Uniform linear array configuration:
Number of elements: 48
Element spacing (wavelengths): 1
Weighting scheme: cosine
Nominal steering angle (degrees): -30
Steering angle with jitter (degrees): -30.11
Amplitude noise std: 0.05
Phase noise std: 0.05

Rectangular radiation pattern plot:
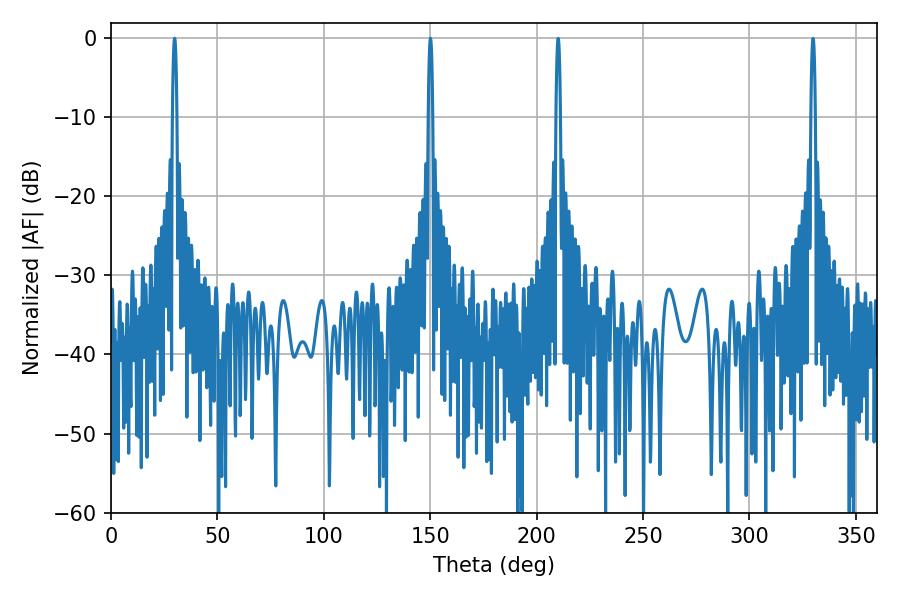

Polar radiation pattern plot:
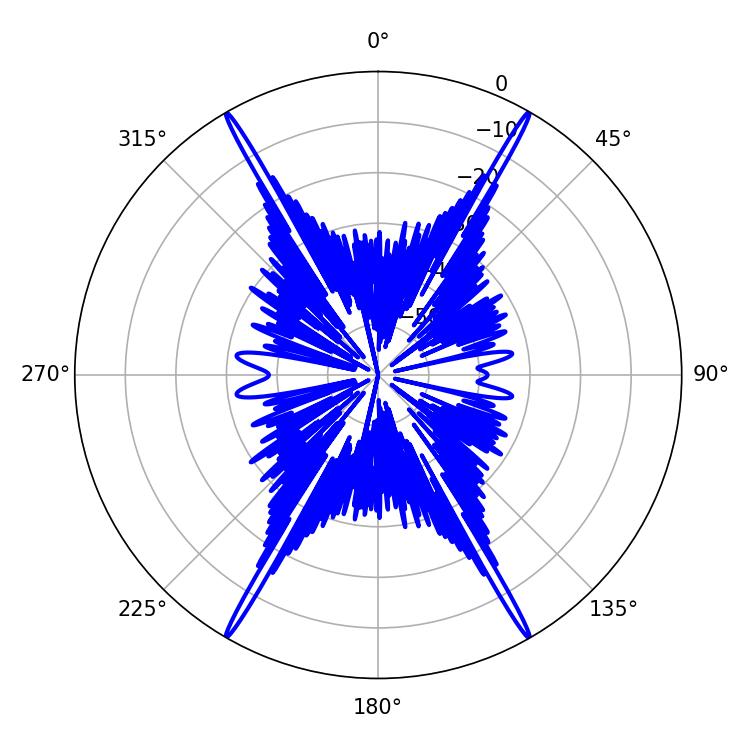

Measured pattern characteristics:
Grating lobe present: TRUE
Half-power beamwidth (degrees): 1.08
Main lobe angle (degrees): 150.12